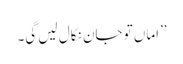
’’اماں تو جان نکال لیں گی۔